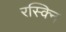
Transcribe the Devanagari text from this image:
रस्क्नि